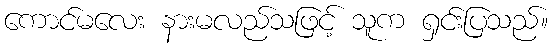
ကောင်မလေး နားမလည်သဖြင့် သူက ရှင်းပြသည်။